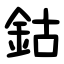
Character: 鈷